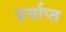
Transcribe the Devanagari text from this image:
प्रर्याप्‍त